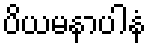
ပိယမနာပါနံ